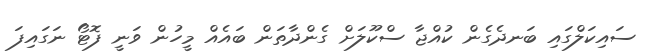
ސައިކަލްގައި ބަނދެގެން ކުއްޖާ ސްކޫލަށް ގެންދާތަން ބައެއް މީހުން ވަނީ ފޮޓޯ ނަގައިފަ